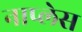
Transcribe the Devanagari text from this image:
नाप्लेस